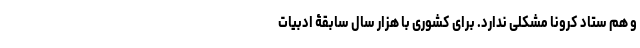
و هم ستاد کرونا مشکلی ندارد. برای کشوری با هزار سال سابقۀ ادبیات